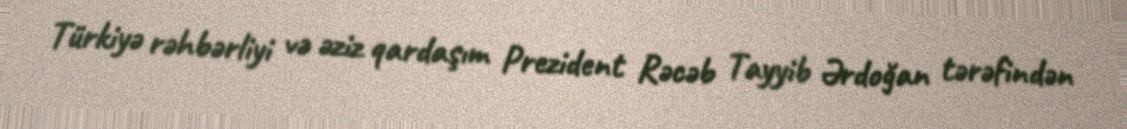
Türkiyə rəhbərliyi və əziz qardaşım Prezident Rəcəb Tayyib Ərdoğan tərəfindən